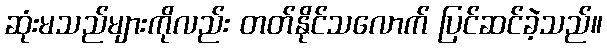
ဆုံးမသည်များကိုလည်း တတ်နိုင်သလောက် ပြင်ဆင်ခဲ့သည်။